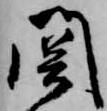
関